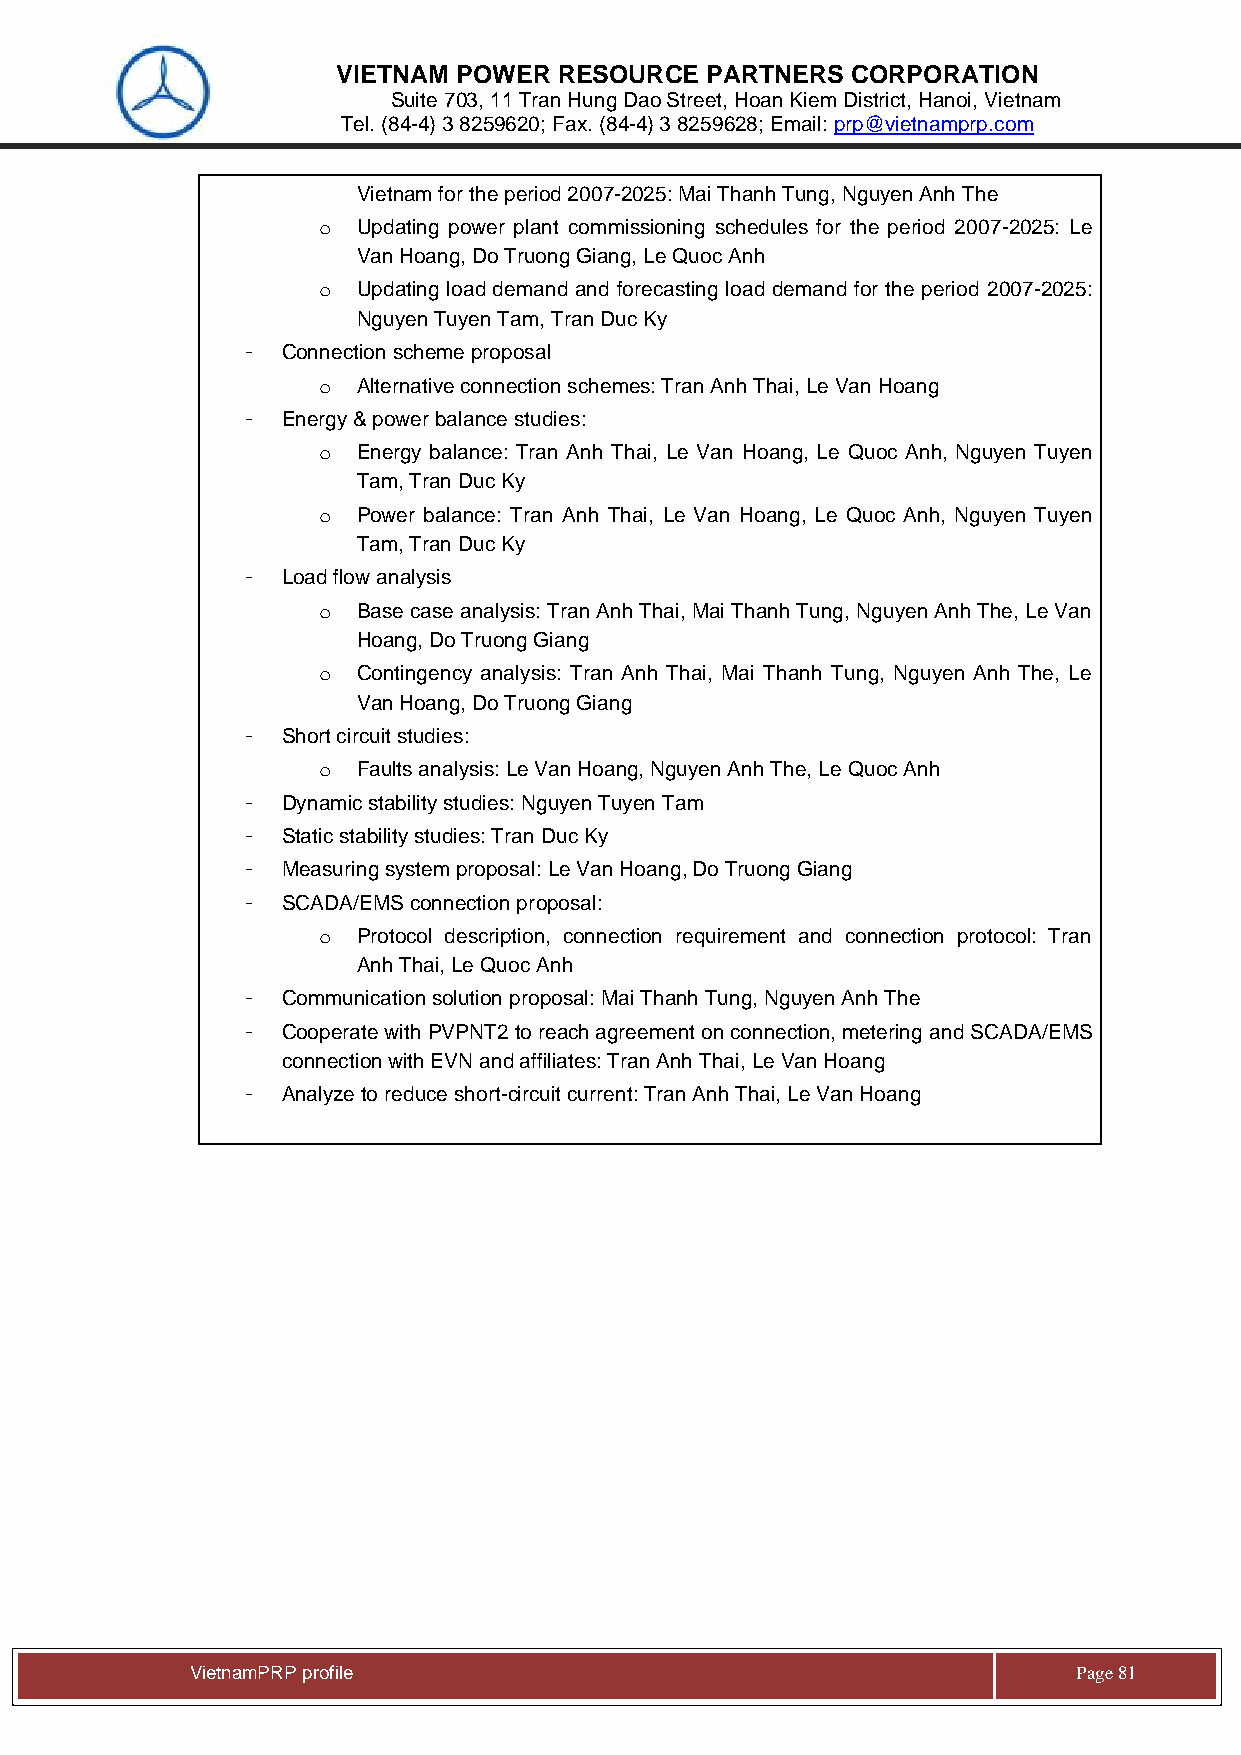
VIETNAM POWER  RESOURCE  PARTNERS CORPORATION
 Suite 703, 11 Tran Hung Dao Street, Hoan Kiem District, Hanoi, Vietnam
 Tel. (84-4) 3 8259620; Fax. (84-4) 3 8259628; Email: prp@vietnamprp.com
 Vietnam for the period 2007-2025: Mai Thanh Tung, Nguyen Anh The
 o  Updating power plant commissioning schedules for the period 2007-2025: Le
 Van Hoang, Do Truong Giang, Le Quoc Anh
 o  Updating load demand and forecasting load demand for the period 2007-2025:
 Nguyen Tuyen Tam, Tran Duc Ky
 -  Connection scheme proposal
 o  Alternative connection schemes: Tran Anh Thai, Le Van Hoang
 -  Energy & power balance studies:
 o  Energy balance: Tran Anh Thai, Le Van Hoang, Le Quoc Anh, Nguyen Tuyen
 Tam, Tran Duc Ky
 o  Power balance: Tran Anh Thai, Le Van Hoang, Le Quoc Anh, Nguyen Tuyen
 Tam, Tran Duc Ky
 -  Load flow analysis
 o  Base case analysis: Tran Anh Thai, Mai Thanh Tung, Nguyen Anh The, Le Van
 Hoang, Do Truong Giang
 o  Contingency analysis: Tran Anh Thai, Mai Thanh Tung, Nguyen Anh The, Le
 Van Hoang, Do Truong Giang
 -  Short circuit studies:
 o  Faults analysis: Le Van Hoang, Nguyen Anh The, Le Quoc Anh
 -  Dynamic stability studies: Nguyen Tuyen Tam
 -  Static stability studies: Tran Duc Ky
 -  Measuring system proposal: Le Van Hoang, Do Truong Giang
 -  SCADA/EMS connection proposal:
 o  Protocol description, connection requirement and connection protocol: Tran
 Anh Thai, Le Quoc Anh
 -  Communication solution proposal: Mai Thanh Tung, Nguyen Anh The
 -  Cooperate with PVPNT2 to reach agreement on connection, metering and SCADA/EMS
 connection with EVN and affiliates: Tran Anh Thai, Le Van Hoang
 -  Analyze to reduce short-circuit current: Tran Anh Thai, Le Van Hoang
 Vie tnamPRP profile                                       Page 81